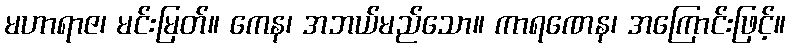
မဟာရာဇ၊ မင်းမြတ်။ ကေန၊ အဘယ်မည်သော။ ကာရဏေန၊ အကြောင်းဖြင့်။